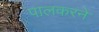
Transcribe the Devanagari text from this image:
पालकरने